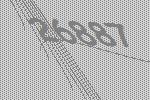
26887